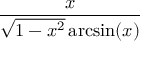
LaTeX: \frac { x } { { \sqrt { 1 - x ^ { 2 } } } \arcsin ( x ) }